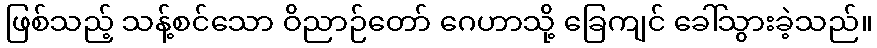
ဖြစ်သည့် သန့်စင်သော ဝိညာဉ်တော် ဂေဟာသို့ ခြေကျင် ခေါ်သွားခဲ့သည်။